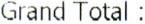
GRAND TOTAL :